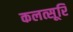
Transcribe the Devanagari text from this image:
कलत्सूरि